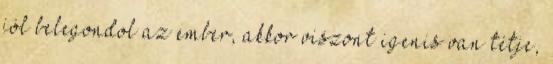
jól belegondol az ember, akkor viszont igenis van tétje,